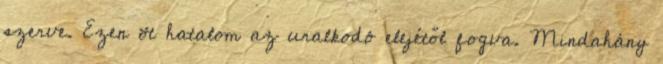
szerve. Ezen öt hatalom az uralkodó elejétől fogva. Mindahány